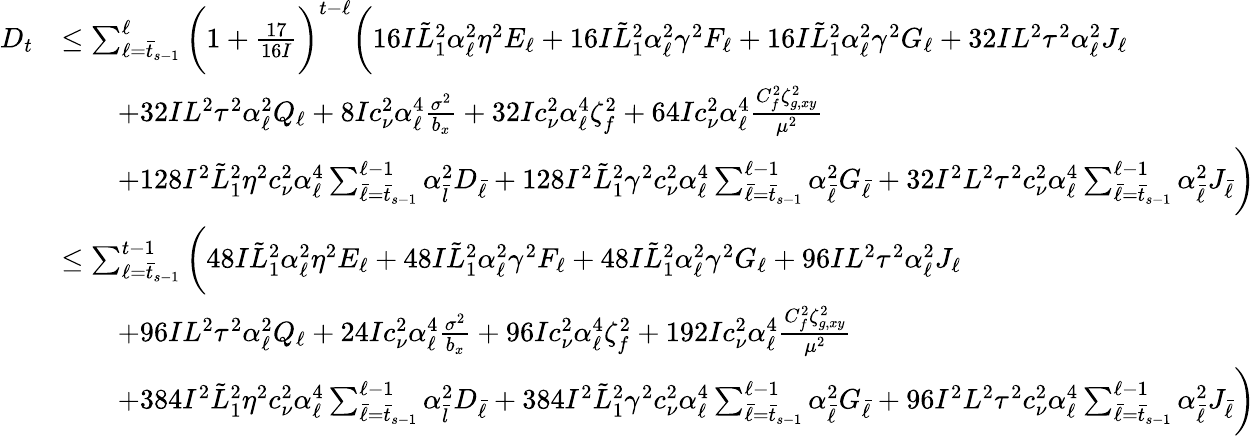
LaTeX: \begin{array}{rl}{D_{t}}&{\leq\sum_{\ell=\bar{t}_{s-1}}^{\ell}\bigg(1+\frac{17}{16I}\bigg)^{t-\ell}\bigg(16I\tilde{L}_{1}^{2}\alpha_{\ell}^{2}\eta^{2}E_{\ell}+16I\tilde{L}_{1}^{2}\alpha_{\ell}^{2}\gamma^{2}F_{\ell}+16I\tilde{L}_{1}^{2}\alpha_{\ell}^{2}\gamma^{2}G_{\ell}+32IL^{2}\tau^{2}\alpha_{\ell}^{2}J_{\ell}}\\ &{\qquad+32IL^{2}\tau^{2}\alpha_{\ell}^{2}Q_{\ell}+8Ic_{\nu}^{2}\alpha_{\ell}^{4}\frac{\sigma^{2}}{b_{x}}+32Ic_{\nu}^{2}\alpha_{\ell}^{4}\zeta_{f}^{2}+64Ic_{\nu}^{2}\alpha_{\ell}^{4}\frac{C_{f}^{2}\zeta_{g,xy}^{2}}{\mu^{2}}}\\ &{\qquad+128I^{2}\tilde{L}_{1}^{2}\eta^{2}c_{\nu}^{2}\alpha_{\ell}^{4}\sum_{\bar{\ell}=\bar{t}_{s-1}}^{\ell-1}\alpha_{\bar{l}}^{2}D_{\bar{\ell}}+128I^{2}\tilde{L}_{1}^{2}\gamma^{2}c_{\nu}^{2}\alpha_{\ell}^{4}\sum_{\bar{\ell}=\bar{t}_{s-1}}^{\ell-1}\alpha_{\bar{\ell}}^{2}G_{\bar{\ell}}+32I^{2}L^{2}\tau^{2}c_{\nu}^{2}\alpha_{\ell}^{4}\sum_{\bar{\ell}=\bar{t}_{s-1}}^{\ell-1}\alpha_{\bar{\ell}}^{2}J_{\bar{\ell}}\bigg)}\\ &{\leq\sum_{\ell=\bar{t}_{s-1}}^{t-1}\bigg(48I\tilde{L}_{1}^{2}\alpha_{\ell}^{2}\eta^{2}E_{\ell}+48I\tilde{L}_{1}^{2}\alpha_{\ell}^{2}\gamma^{2}F_{\ell}+48I\tilde{L}_{1}^{2}\alpha_{\ell}^{2}\gamma^{2}G_{\ell}+96IL^{2}\tau^{2}\alpha_{\ell}^{2}J_{\ell}}\\ &{\qquad+96IL^{2}\tau^{2}\alpha_{\ell}^{2}Q_{\ell}+24Ic_{\nu}^{2}\alpha_{\ell}^{4}\frac{\sigma^{2}}{b_{x}}+96Ic_{\nu}^{2}\alpha_{\ell}^{4}\zeta_{f}^{2}+192Ic_{\nu}^{2}\alpha_{\ell}^{4}\frac{C_{f}^{2}\zeta_{g,xy}^{2}}{\mu^{2}}}\\ &{\qquad+384I^{2}\tilde{L}_{1}^{2}\eta^{2}c_{\nu}^{2}\alpha_{\ell}^{4}\sum_{\bar{\ell}=\bar{t}_{s-1}}^{\ell-1}\alpha_{\bar{l}}^{2}D_{\bar{\ell}}+384I^{2}\tilde{L}_{1}^{2}\gamma^{2}c_{\nu}^{2}\alpha_{\ell}^{4}\sum_{\bar{\ell}=\bar{t}_{s-1}}^{\ell-1}\alpha_{\bar{\ell}}^{2}G_{\bar{\ell}}+96I^{2}L^{2}\tau^{2}c_{\nu}^{2}\alpha_{\ell}^{4}\sum_{\bar{\ell}=\bar{t}_{s-1}}^{\ell-1}\alpha_{\bar{\ell}}^{2}J_{\bar{\ell}}\bigg)}\end{array}